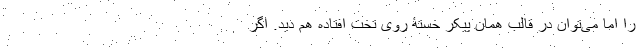
را اما می‌توان در قالب همان پیکر خستۀ روی تخت افتاده هم دید. اگر